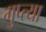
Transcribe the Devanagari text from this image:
गुप्‍त्या